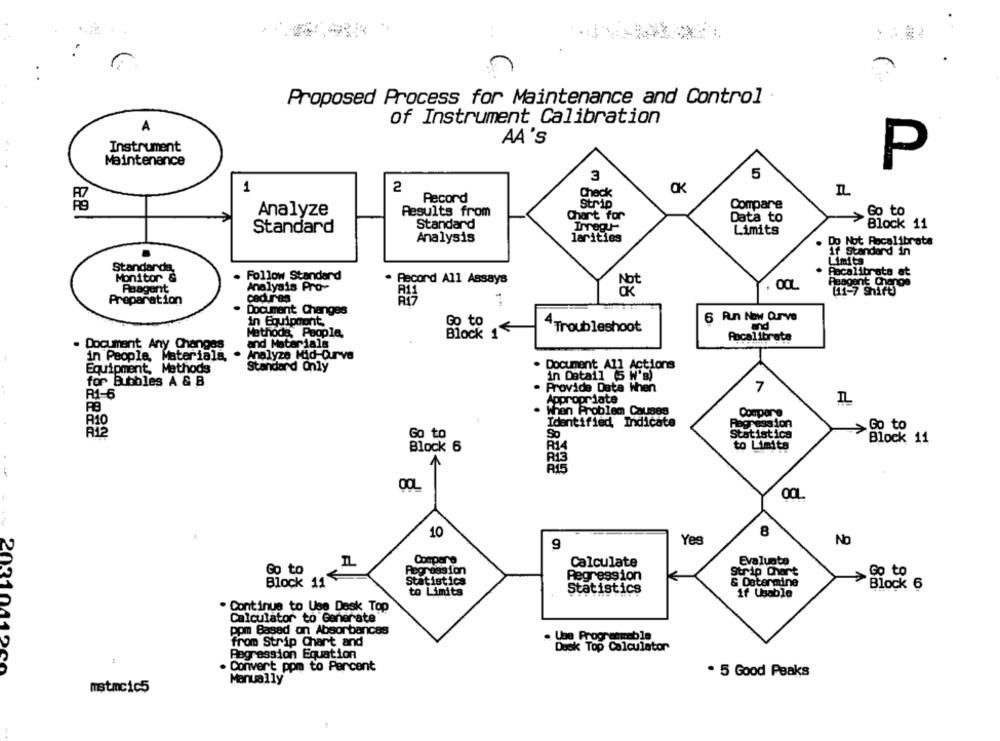
Proposed Process for Maintenance and Control
A
of Instrument Calibration
AA 'S
Instrument
Maintenance
P
3
5
1
2
Check
IL
Record
Strip
Compare
Analyze
Results from
Go to
Chart for
Data to
Standard
Standard
Irreg-
Block 11
larities
Limits
Analysis
Do Not Recalibrate
if Standard in
Limita
Standarda,
Follow Standard
Recalibrate at
Monitor &
. Record All Assays
Paagant
Analysis Pro-
Not
(11-7 Shift
Preparation
cedures
Document Changes
6 Rn Now Curve
in Equipment
Go to
and
Mathoda, People,
Block
4 Troubleshoot
Aocalibrata
Document Any Changes
and Materials
Analyze Mid-Durva
in People, Materials,
Document All Actions
Equipment, Methods
Standard Only
in Detail (5 W's)
for Bubbles A & B
Provide Data When
7
R1-6
Appropriate
IL
When Problem Causes
Compare
Identified Indicate
Hagress Ion
RIO
Go to
RI2
Go to
So
Statistica
Block 11
Block 6
R14
to Limits
10
8
Yes
No
9
Compare
Calculate
Evaluate
Regression
Go to
Regression
Strip Chart
Go to
Block 11
Statistics
& Determine
Block 6
to Limits
Statistics
if Usable
Continue to Use Desk Top
Calculator to Generate
ppm Based on Absorbancas
from Strip Chart and
* Desk Top Calculator
Regression Equation
Convert ppm to Percent
2031041900
. 5 Good Peaks
Manually
mstmcic5